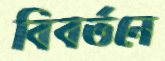
বিবর্তনে